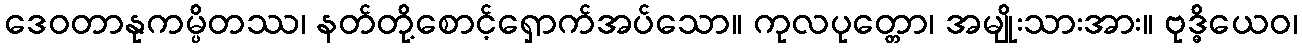
ဒေဝတာနုကမ္ပိတဿ၊ နတ်တို့စောင့်ရှောက်အပ်သော။ ကုလပုတ္တော၊ အမျိုးသားအား။ ဗုဒ္ဓိယေဝ၊